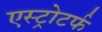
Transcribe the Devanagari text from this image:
एस्ट्रोटर्फ